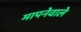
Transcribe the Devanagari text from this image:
मापनेवाले